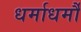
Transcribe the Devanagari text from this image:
धर्माधर्मौ